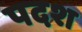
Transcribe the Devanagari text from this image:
पदश